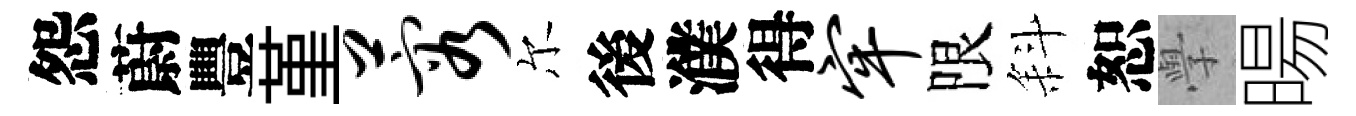
怨蔚豐堇蓉尔後濮得牢限斜恕𭓕暘